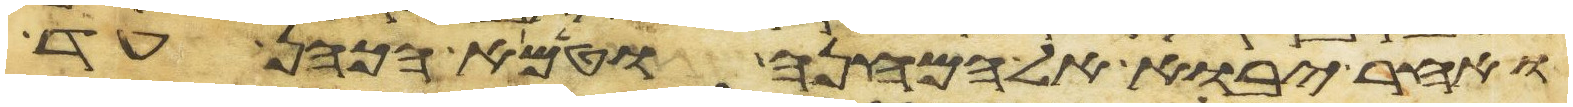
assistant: ואחר יבוא אל המחנה וטמא הכהן עד